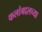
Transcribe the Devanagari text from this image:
कलांबद्दलच्या